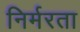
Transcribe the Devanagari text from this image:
निर्मरता